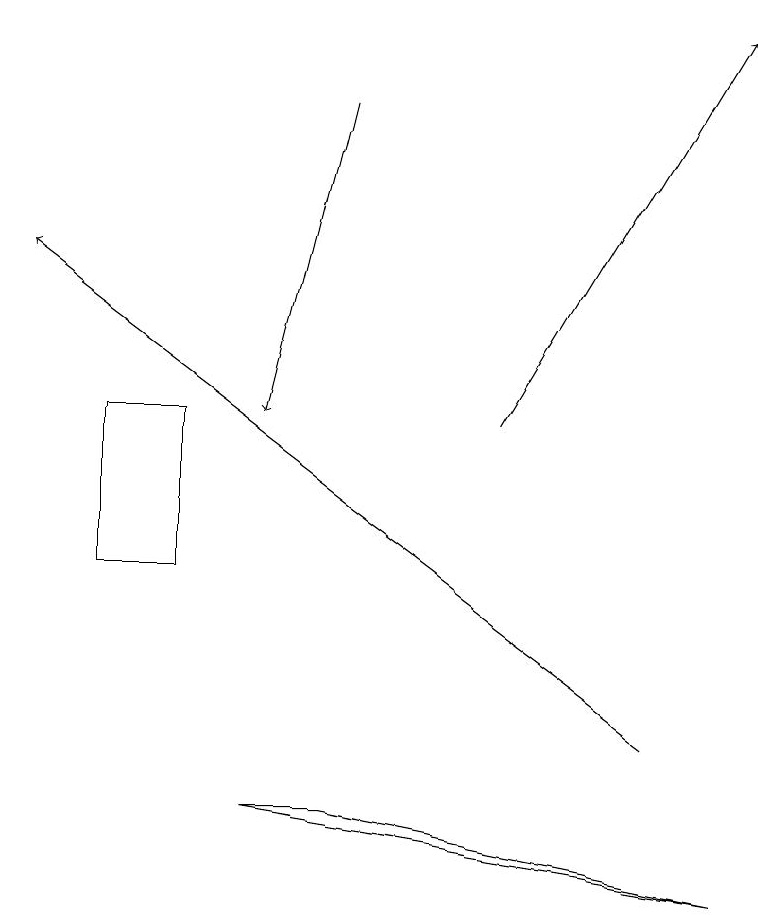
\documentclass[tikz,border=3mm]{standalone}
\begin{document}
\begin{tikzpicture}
\draw[->] (6,14) -- (9,19);
\draw (1,12) rectangle (2,14);
\draw[->] (8,10) -- (0,16);
\draw (3,9) -- (9,8) -- (4,9) -- cycle;
\draw[->] (4,18) -- (3,14);
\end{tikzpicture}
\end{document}